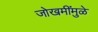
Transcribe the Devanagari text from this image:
जोखमींमुळे